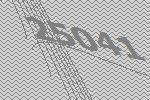
25041